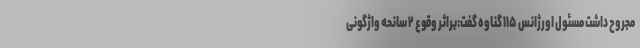
مجروح داشت مسئول اورژانس ۱۱۵ گناوه گفت:براثر وقوع ۲ سانحه واژگونی